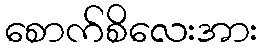
စောက်စိလေးအား